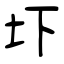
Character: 圷